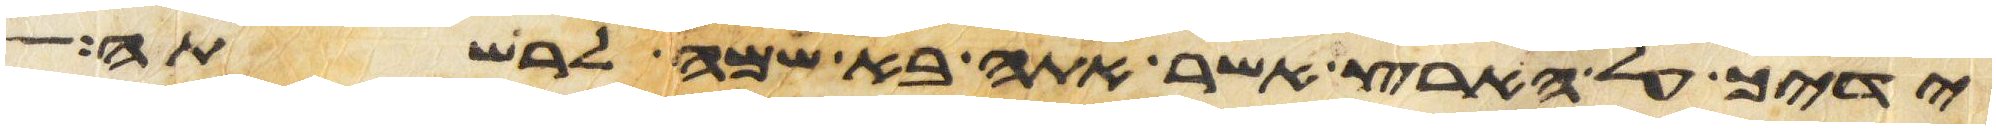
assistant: ידיך על הארץ אשר אתה בא שמה לרשתה